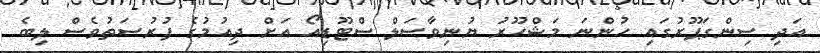
އަދި ސިންގަޕޫރުގައި ހުންނަ މަޝްހޫރު ޔުނިވާސަލް ސްޓޫޑިއޯ އަށް ދިއުމުގެ ފުރުސަތުވެސް ލިބެ